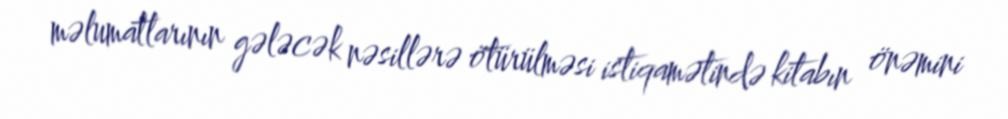
məlumatlarının gələcək nəsillərə ötürülməsi istiqamətində kitabın önəmini